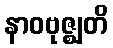
နာဝဗုဇ္ဈတိ